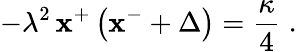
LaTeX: -\lambda^{2}\, \mathbf{x}^{+}\left(\mathbf{x}^{-}+\Delta\right)={\frac{{\kappa}}{{4}}}\; .